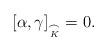
LaTeX: \begin{align*} [\alpha, \gamma]_{\underset{K}{\frown}} =0.\end{align*}